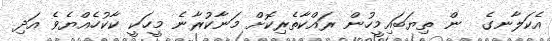
އެކަލާނގެ  ން ތިޔަބައިމީހުން ރައްކާތެރިކޮށް މަނާކުރާނެ މީހަކީ ކާކުހެއްޔެވެ އަދި